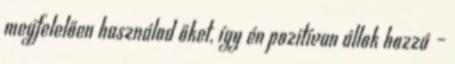
megfelelően használod őket, így én pozitívan állok hozzá –